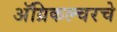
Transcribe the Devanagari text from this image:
अॅग्रिकल्चरचे